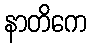
နာတိကေ